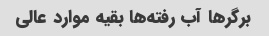
برگرها آب رفته‌ها بقیه موارد عالی